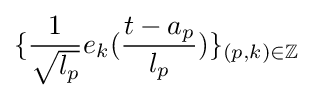
\{{\frac {1}{\sqrt {l_{p}}}}e_{k}({\frac {t-a_{p}}{l_{p}}})\}_{(p,k)\in \mathbb {Z} }